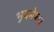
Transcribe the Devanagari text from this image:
भुवनेष्वर